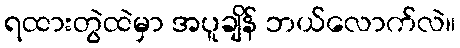
ရထားတွဲထဲမှာ အပူချိန် ဘယ်လောက်လဲ။